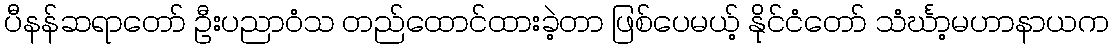
ပီနန်ဆရာတော် ဦးပညာဝံသ တည်ထောင်ထားခဲ့တာ ဖြစ်ပေမယ့် နိုင်ငံတော် သံင်္ဃာ့မဟာနာယက